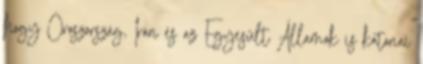
hogy Oroszország, Irán és az Egyesült Államok is katonai